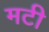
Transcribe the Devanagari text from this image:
मटी